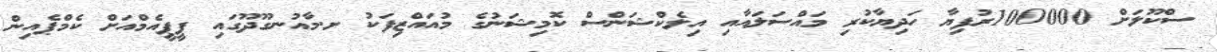
ސްކޫލަށް 100000ރުފިޔާ ހަދިޔާކުރި މައްސަލައާއި އިލެކްޝަންސް ކޮމިޝަނުގެ މުއައްޒިފަކު ށ.މާއުނގޫދޫގައި ޕީޕީއެމްއަށް ކެމްޕެއިން